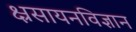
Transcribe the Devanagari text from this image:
क्ष्रसायनविज्ञान